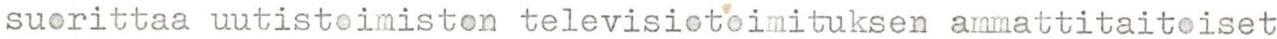
suorittaa uutistoimiston televisiotoimituksen ammattitaitoiset